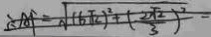
\therefore A F = \sqrt { ( 6 \sqrt { 2 } ) ^ { 2 } + ( \frac { 2 \sqrt { 2 } } { 3 } ) ^ { 2 } }